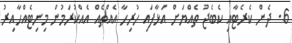
6. ދެން ކެރެޓާއި ކެބެޖު ތެއްޔަށް އަޅާފައި ހުރިހާ އެއްޗެއް އެއްކުރަމުން މިނިޓެއްހާއިރު